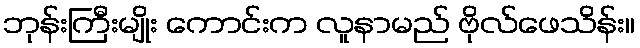
ဘုန်းကြီးမျိုး ကောင်းက လူနာမည် ဗိုလ်ဖေသိန်း။